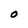
Character: O